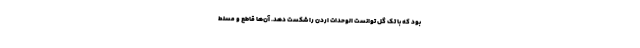
بود که با تک گل توانست الوحدات اردن را شکست دهد. آن‌ها قاطع و مسلط